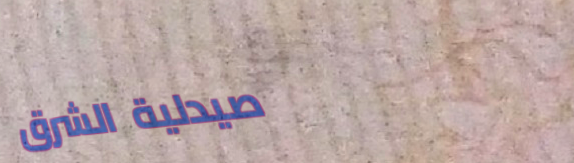
صيدلية الشرق